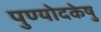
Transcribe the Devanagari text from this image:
पुण्योदकेषु